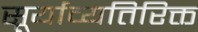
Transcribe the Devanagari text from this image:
सूर्याव्यतिरिक्त